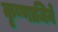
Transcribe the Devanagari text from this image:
कृष्णाजिने